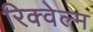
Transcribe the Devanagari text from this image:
रिक्वेल्म